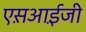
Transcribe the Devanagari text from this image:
एस़आई़जी